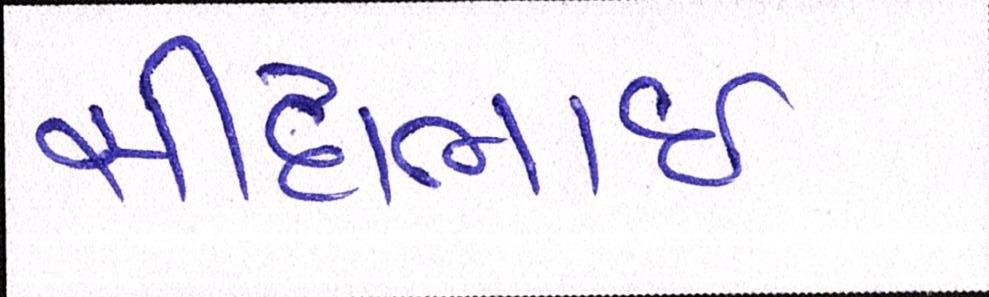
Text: સીદાભાઈ